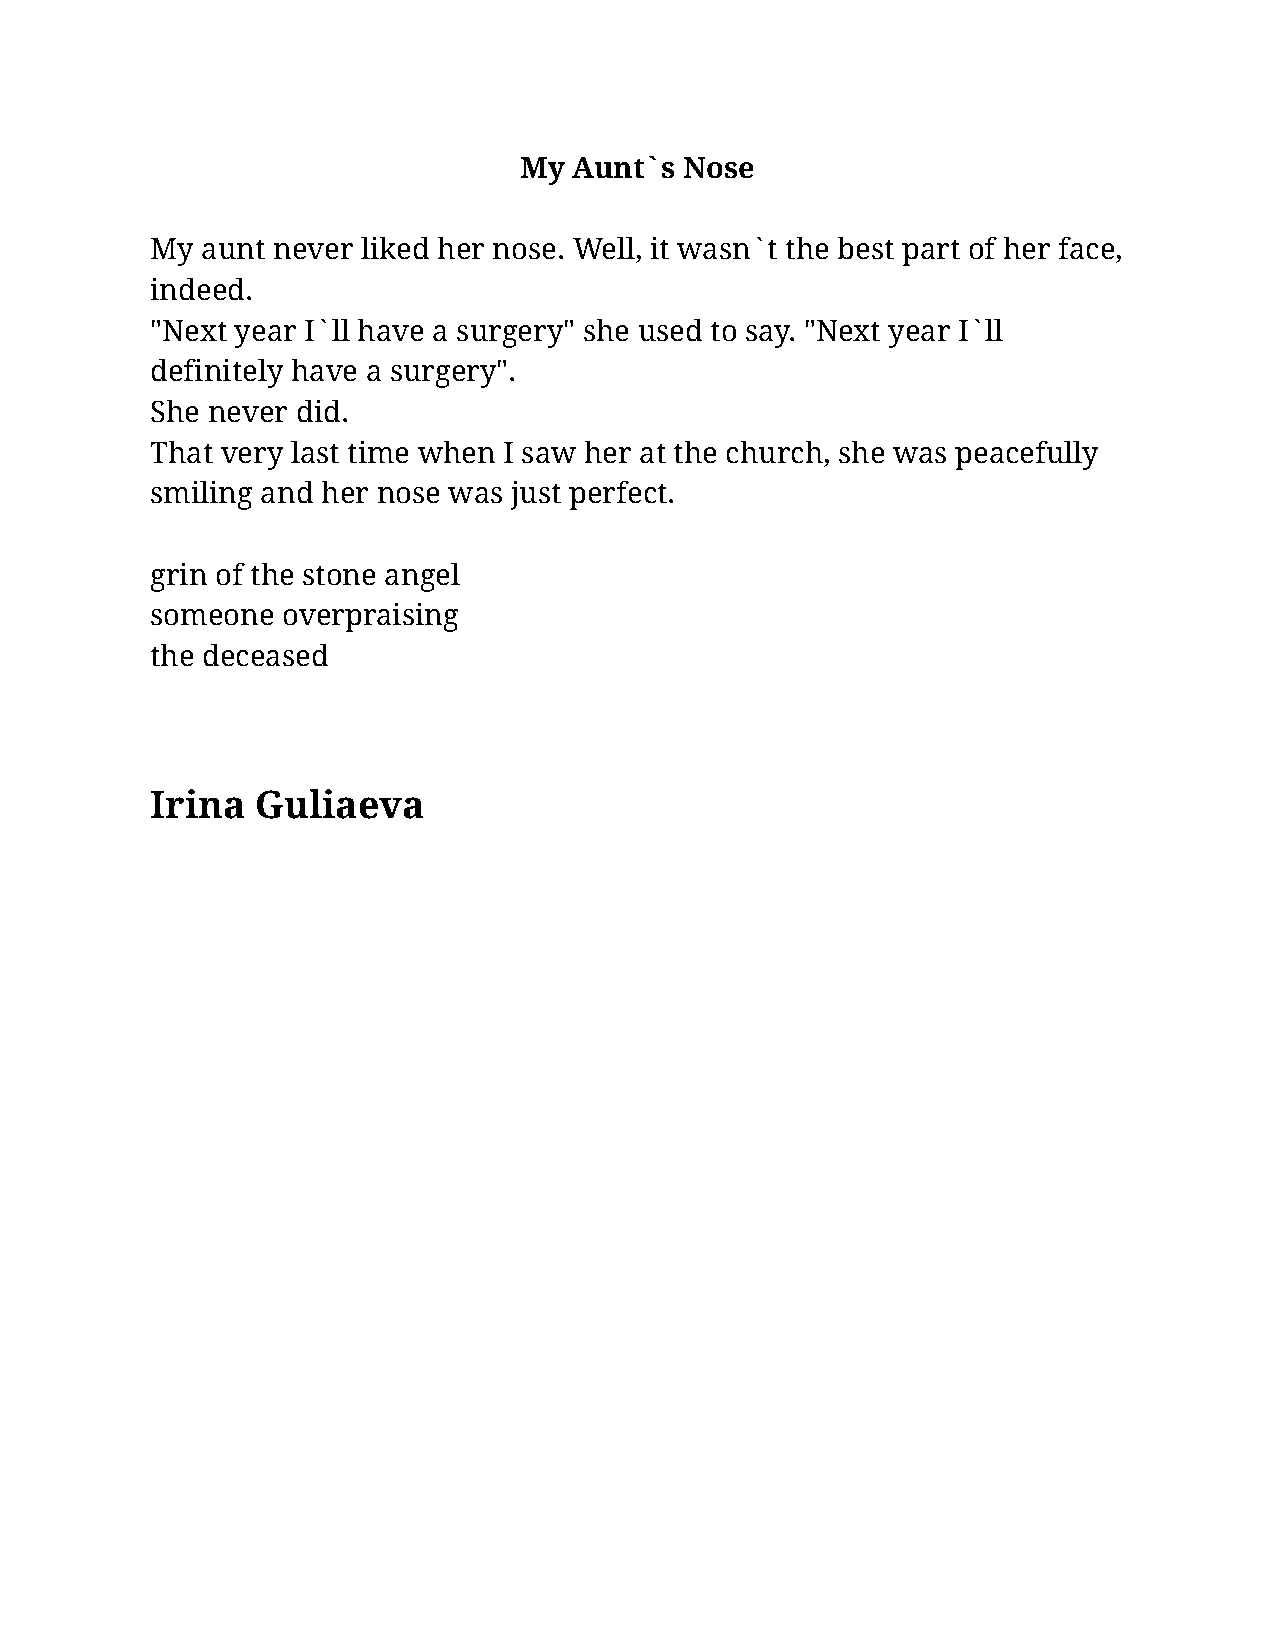
My  Aunt`s Nose
 My aunt never liked her nose. Well, it wasn`t the best part of her face,
 indeed.
 "Next year I`ll have a surgery" she used to say. "Next year I`ll
 definitely have a surgery".
 She never did.
 That very last time when I saw her at the church, she was peacefully
 smiling and her nose was just perfect.
 grin of the stone angel
 someone  overpraising
 the deceased
 Irina  Guliaeva